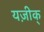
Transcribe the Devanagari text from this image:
यज़ीक्